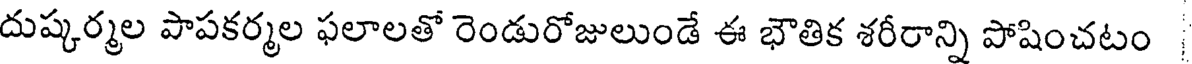
దుష్కర్మల పాపకర్మల ఫలాలతో రెండురోజులుండే ఈ భౌతిక శరీరాన్ని పోషించటం